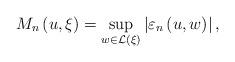
LaTeX: \begin{align*}M_{n}\left( {u,\xi }\right) ={\sup_{w\in \mathcal{L}\left( \xi \right) }}\left\vert {\varepsilon _{n}\left( {u,w}\right) }\right\vert , \end{align*}